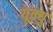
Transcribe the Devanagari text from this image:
यूक्यु